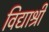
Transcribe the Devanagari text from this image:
विद्याश्री